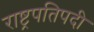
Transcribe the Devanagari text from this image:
राष्ट्रपतिपदी